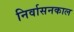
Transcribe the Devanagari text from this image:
निर्वासनकाल